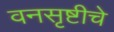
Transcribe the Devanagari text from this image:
वनसृष्टीचे